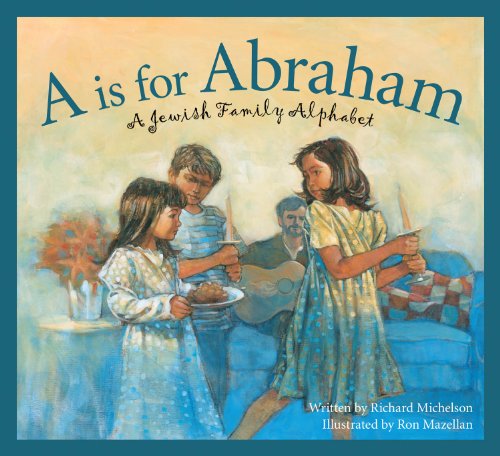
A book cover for A is for Abraham: A Jewish Family Alphabet (Sleeping Bear Alphabets: Cultures); Richard Michelson; Children's Books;